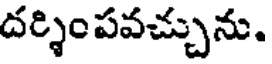
దర్శింపవచ్చును.